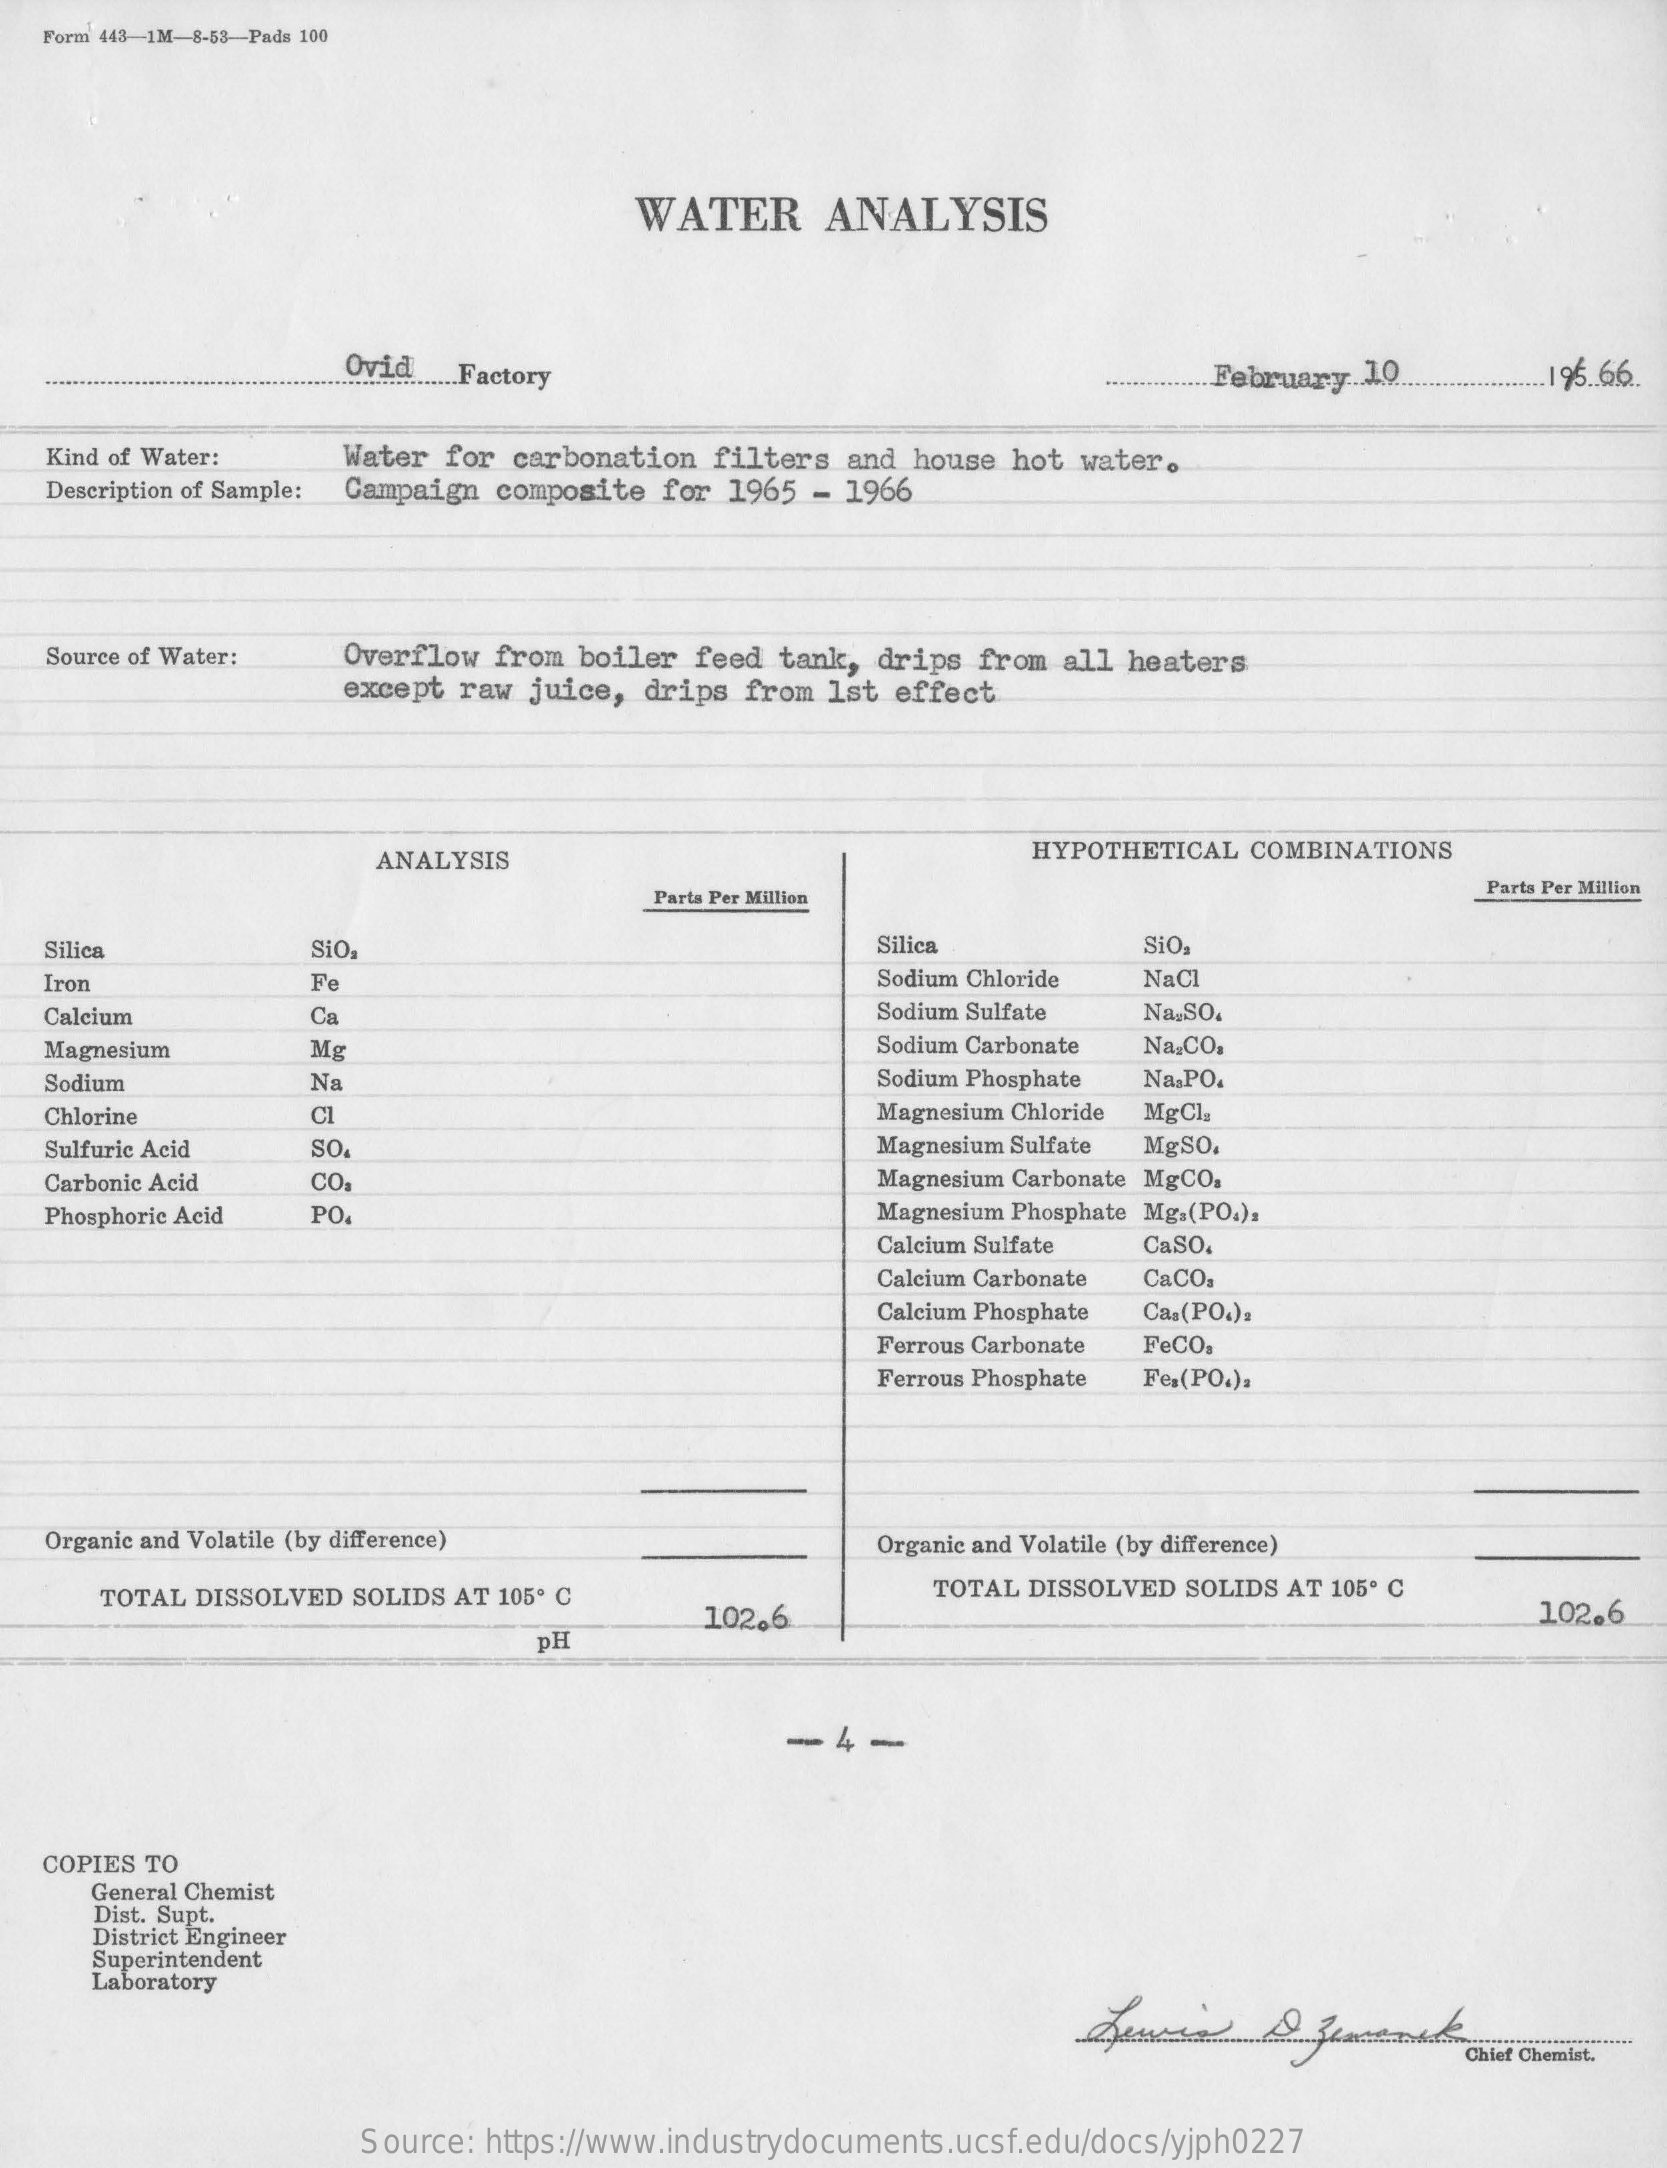
Form 448-1M-8-53-Pads 100
     WATER    ANALYSIS
     Ovid
     .......................... Factory    ............. February 10. 196 .. 66.
  Kind of Water: Water for carbonation filters and house hot water.
   Description of Sample: Campaign composite for 1965 - 1966
  Source of Water: Overflow from boiler feed tank, drips from all heaters
     except raw juice, drips from lst effect
     ANALYSIS    HYPOTHETICAL COMBINATIONS
     Parts Per Million
     Parts Per Million
  Silica    SiO.    Silica    SiO.
  Iron    Fe    Sodium Chloride NaCl
   Calcium    Ca    Sodium Sulfate Na.SO.
   Magnesium   Mg    Sodium Carbonate Na.CO.
   Sodium    Na    Sodium Phosphate Na,PO.
  Chlorine    Cl    Magnesium Chloride MgCl
  Sulfuric Acid SO    Magnesium Sulfate MgSO.
  Carbonic Acid CO.    Magnesium Carbonate MgCO,
  Phosphoric Acid PO    Magnesium Phosphate Mg.(PO4).
     Calcium Sulfate CaSO.
     Calcium Carbonate CaCO.
     Calcium Phosphate Cas(PO.).
     Ferrous Carbonate FeCO.
     Ferrous Phosphate Fe.(PO.).
  Organic and Volatile (by difference)    Organic and Volatile (by difference)
     TOTAL DISSOLVED SOLIDS AT 105º C
     102.6
     TOTAL DISSOLVED SOLIDS AT 105º C
     102.6
     PH
     - 4 -
  COPIES TO
     General Chemist
     Dist. Supt.
     District Engineer
     Superintendent
     Laboratory
     Chief Chemist.
     Source: https://www.industrydocuments.ucsf.edu/docs/yjph0227